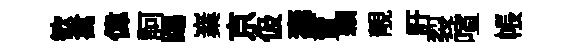
歓禽偉訶踢嶪京伋壽賣顆靚訏裂喧帳